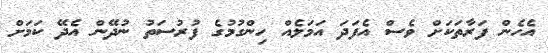
އެހެން ފަރާތަކަށް ވެސް އެފަދަ އަމަލެއް ހިންގުމުގެ ފުރުސަތު ނުދޭން އެދޭ ކަމަށް